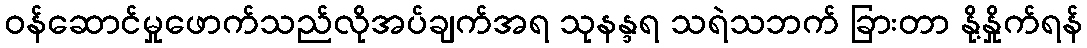
ဝန်ဆောင်မှုဖောက်သည်လိုအပ်ချက်အရ သုနန္ဒရ သရဲသဘက် ခြားတာ နို့နှိုက်ရန်